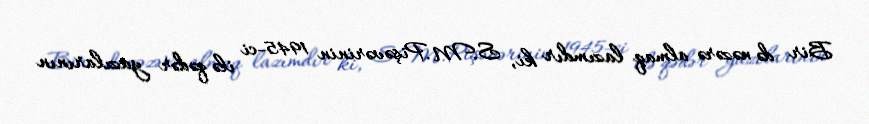
Bir də nəzərə almaq lazımdır ki, S.M.Pişəvərinin 1945-ci ilə qədər yazılarının